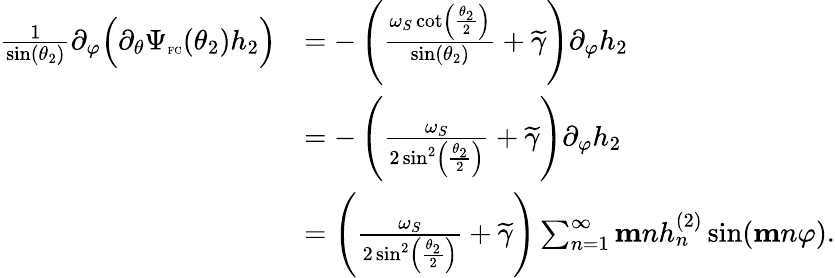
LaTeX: \begin{array}{rl}{\frac{1}{\sin(\theta_{2})}\partial_{\varphi}\Big(\partial_{\theta}\Psi_{\textnormal{\tiny{FC}}}(\theta_{2})h_{2}\Big)}&{=-\left(\frac{\omega_{S}\cot\left(\frac{\theta_{2}}{2}\right)}{\sin(\theta_{2})}+\widetilde{\gamma}\right)\partial_{\varphi}h_{2}}\\ &{=-\left(\frac{\omega_{S}}{2\sin^{2}\left(\frac{\theta_{2}}{2}\right)}+\widetilde{\gamma}\right)\partial_{\varphi}h_{2}}\\ &{=\left(\frac{\omega_{S}}{2\sin^{2}\left(\frac{\theta_{2}}{2}\right)}+\widetilde{\gamma}\right)\sum_{n=1}^{\infty}\mathbf{m}nh_{n}^{(2)}\sin(\mathbf{m}n\varphi).}\end{array}